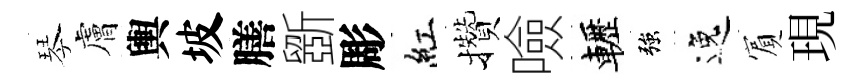
琴膚輿坡膳斵彫紅攢噞轣強逸賔現